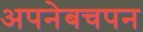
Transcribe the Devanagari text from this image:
अपनेबचपन